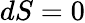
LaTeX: dS=0